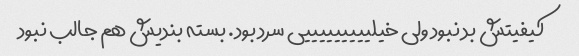
کیفیتش بد نبود ولی خیلیییییییییی سرد بود. بسته بندیش هم جالب نبود